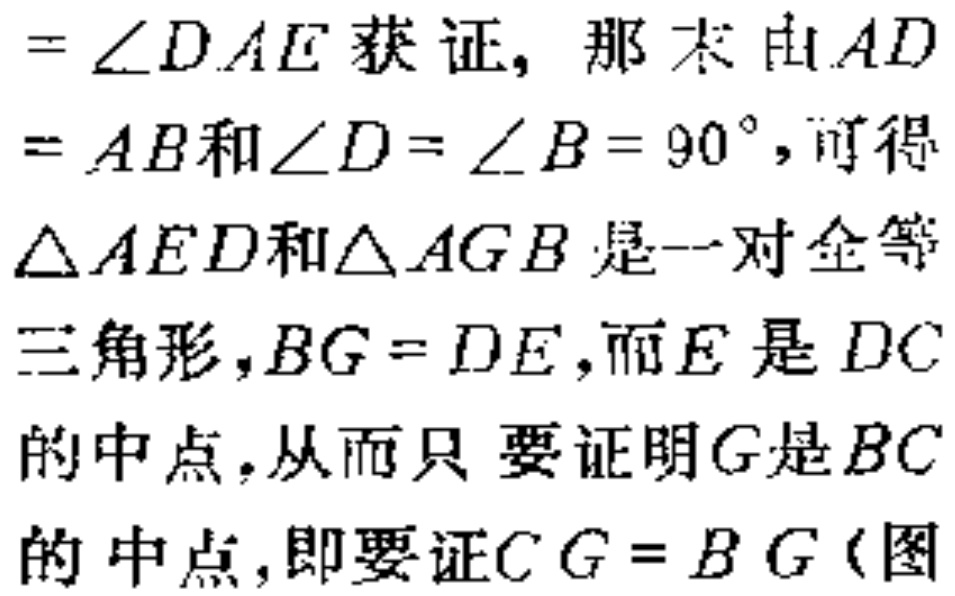
$=\angle DAE获证, 那末由AD\\

=AB和\angle D = \angle B = 90^{\circ}, 可得\\

\triangle AED和\triangle AGB是一对全等\\

三角形, BG = DE, 而E是DC\\

的中点. 从而只要证明G是BC\\

的中点, 即要证CG = BG(图$